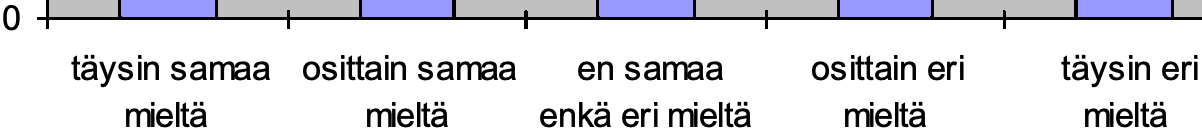
0 täysin samaa osittain samaa en samaa osittain eri täysin eri mieltä  mieltä enkä eri mieltä mieltä mieltä